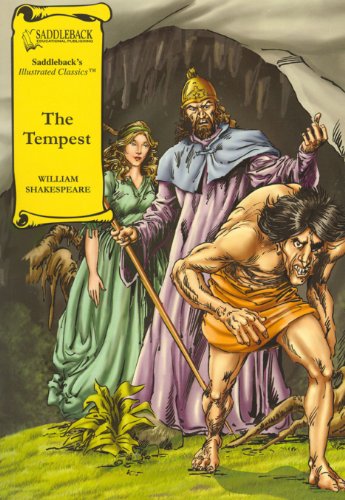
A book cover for The Tempest (Saddleback's Illustrated Classics); William Shakespeare; Literature & Fiction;